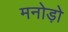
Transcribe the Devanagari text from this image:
मनोड़ो